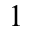
^ { 1 }